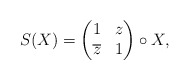
\begin{align*}S(X) =\begin{pmatrix}1 & z \\ \overline{z} & 1\end{pmatrix} \circ X,\end{align*}